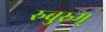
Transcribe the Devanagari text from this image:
रुबुरुम्